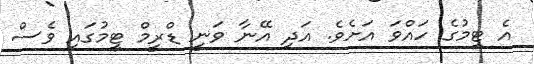
އެ ޓީމުގެ ހައްވަ އަށެވެ. އަދި އޭނާ ވަނީ ޑްރީމް ޓީމުގައި ވެސް